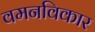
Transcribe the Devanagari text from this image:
वमनविकार